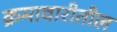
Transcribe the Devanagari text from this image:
क्रमावारीतील